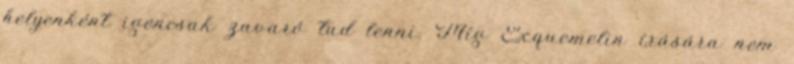
helyenként igencsak zavaró tud lenni. Míg Exquemelin írására nem